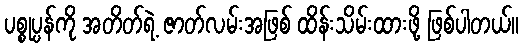
ပစ္စုပ္ပန်ကို အတိတ်ရဲ့ ဇာတ်လမ်းအဖြစ် ထိန်းသိမ်းထားဖို့ ဖြစ်ပါတယ်။